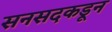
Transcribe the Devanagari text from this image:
सनसदकडून